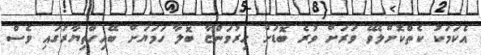
އެކަމަކު ކެތްކޮށްލެވޭ ވަރަށް ވުރެ ބޮޑަށް ހިރުވަންޏާ ބޮލާ ހަމަޔަށް ބޭއިހްތިޔާރުގައި ވެސް